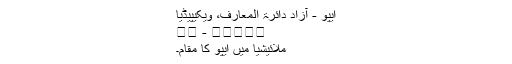
ایپو - آزاد دائرۃ المعارف، ویکیپیڈیا
怡保 - ஈப்போ
ملائیشیا میں ایپو کا مقام۔